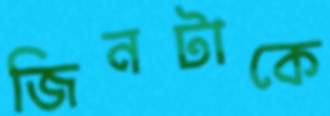
জিনটাকে